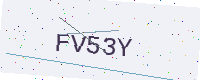
Text: FV53Y